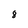
Character: 8